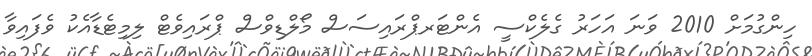
ހިންގުމަށް 2010 ވަނަ އަހަރު ގެލެކްސީ އެންޓަރޕްރައިސަސް މޯލްޑިވްސް ޕްރައިވެޓް ލިމިޓެޑާއެކު ވެފައިވާ